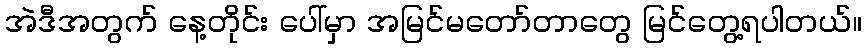
အဲဒီအတွက် နေ့တိုင်း ပေါ်မှာ အမြင်မတော်တာတွေ မြင်တွေ့ရပါတယ်။